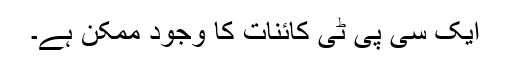
ایک سی پی ٹی کائنات کا وجود ممکن ہے۔